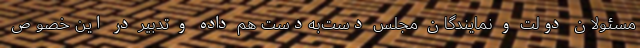
مسئولان دولت و نمایندگان مجلس دست‌به‌دست هم داده و تدبیر در این خصوص